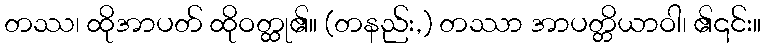
တဿ၊ ထိုအာပတ် ထိုဝတ္ထု၏။ (တနည်း,) တဿာ အာပတ္တိယာဝါ၊ ၏၎င်း။